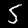
Label: 5